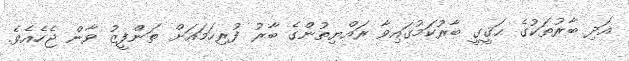
އަދި ބާރުތަކުގެ ޙަޤީގީ ބާރުކަމުގައިވާ ރައްޔިތުންގެ ބާރު ފުރިހަމައަށް ތަންފީޒު ވާން ޖެހެއެވެ.